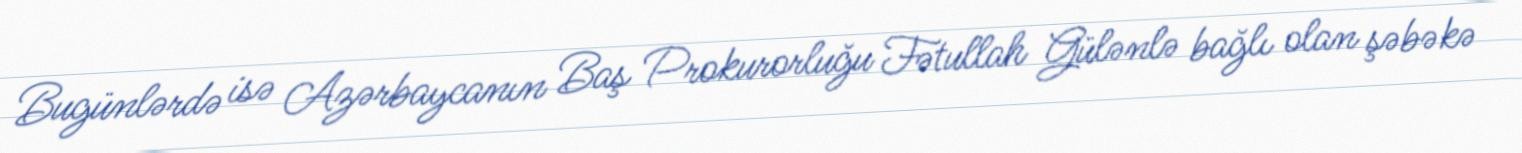
Bugünlərdə isə Azərbaycanın Baş Prokurorluğu Fətullah Gülənlə bağlı olan şəbəkə